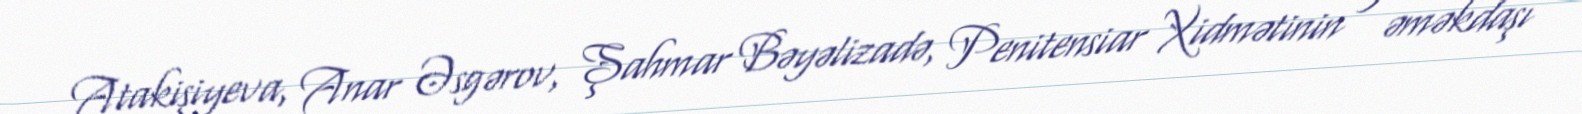
Atakişiyeva, Anar Əsgərov, Şahmar Bəyəlizadə, Penitensiar Xidmətinin 3 əməkdaşı